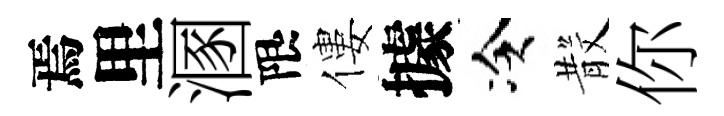
焉里溷限僂據冷𣪚你